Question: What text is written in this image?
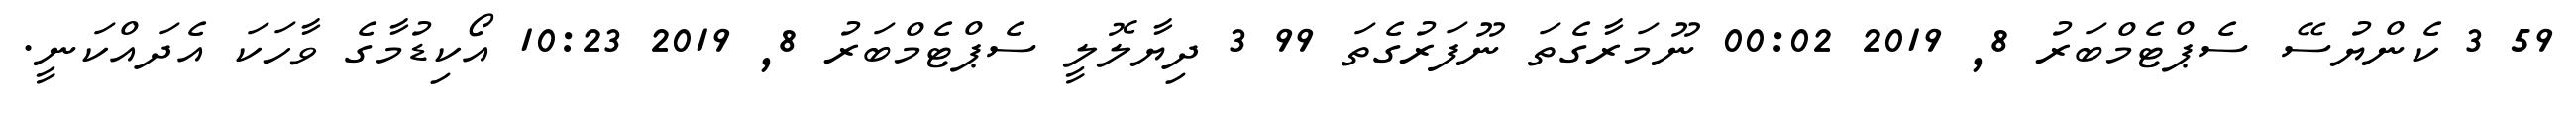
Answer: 59 3 ކެންޔުސޭ ސެޕްޓެމްބަރު 8, 2019 00:02 ނޫމަރާގެތަ ނޫފަރުގެތަ 99 3 ދިޔާލޮލީ ސެޕްޓެމްބަރު 8, 2019 10:23 އޯކިޑުމާގެ ވާހަކަ އެދައްކަނީ.